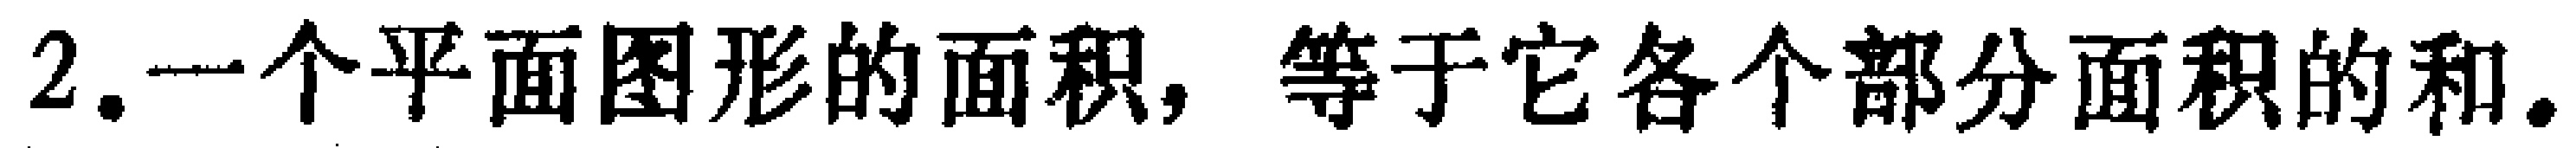
2.一个平面图形的面积，等于它各个部分面积的和。